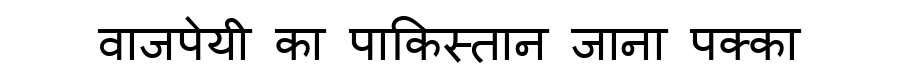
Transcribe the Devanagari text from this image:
वाजपेयी का पाकिस्तान जाना पक्का